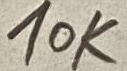
Text: 10K